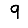
Digit: 9